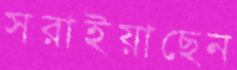
সরাইয়াছেন